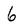
Character: 6